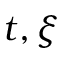
t , \xi